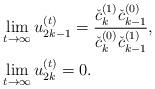
LaTeX: \begin{align*}&\lim_{t\rightarrow\infty}u_{2k-1}^{(t)}=\frac{\check{c}_k^{(1)}\check{c}_{k-1}^{(0)}}{\check{c}_k^{(0)}\check{c}_{k-1}^{(1)}},\\&\lim_{t\rightarrow\infty}u_{2k}^{(t)}=0.\end{align*}